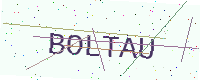
Text: BOLTAU